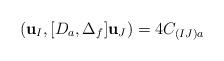
LaTeX: \begin{align*}({\bf u}_I,[D_a,\Delta_f]{\bf u}_J)=4C_{(IJ)a}\end{align*}